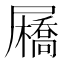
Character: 𡳯